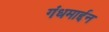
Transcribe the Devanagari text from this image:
गंधमार्द्दन